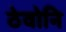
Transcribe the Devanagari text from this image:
ठेवोनि